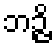
ဘဉ္ဇိ